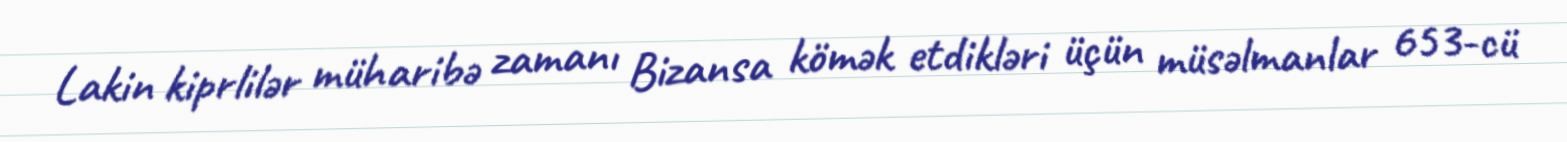
Lakin kiprlilər müharibə zamanı Bizansa kömək etdikləri üçün müsəlmanlar 653-cü